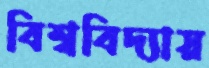
বিশ্ববিদ্যায়